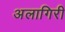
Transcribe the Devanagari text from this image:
अलागिरी